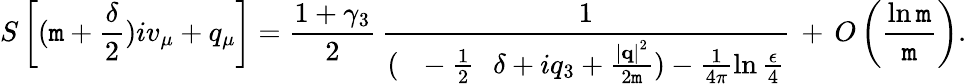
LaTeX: S\left[(\mathtt{m}+\frac{{\delta}}{{2}})iv_{\mu}+q_{\mu}\right]=\frac{{1+\gamma_{3}}}{{2}}\, \frac{{1}}{{(\mathrm{{~\, ~-\frac{{1}}{{2}}~\, ~}}\delta+iq_{3}+\frac{{\left|{\mathbf{q}}\right|^{2}}}{{2\mathtt{m}}})-\frac{{1}}{{4\pi}}\ln\frac{{\epsilon}}{{4}}}}\, +\, O\left(\frac{{\ln\mathtt{m}}}{{\mathtt{m}}}\right).